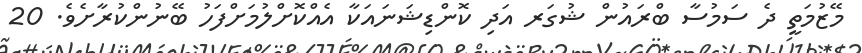
މޭޒުމަތީ ދެ ސަމުސާ ބްރައުން ޝުގަރ އަދި ކޮންޑިޝަނައަކާ އެއްކޮށްލުމަށްފަހު ބޭނުންކުރާށެވެ. 20